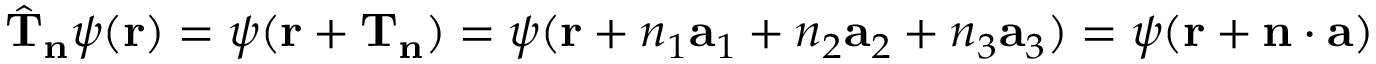
{ \hat { \mathbf { T } } } _ { \mathbf { n } } \psi ( \mathbf { r } ) = \psi ( \mathbf { r } + \mathbf { T } _ { \mathbf { n } } ) = \psi ( \mathbf { r } + n _ { 1 } \mathbf { a } _ { 1 } + n _ { 2 } \mathbf { a } _ { 2 } + n _ { 3 } \mathbf { a } _ { 3 } ) = \psi ( \mathbf { r } + \mathbf { n } \cdot \mathbf { a } )